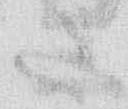
さ